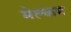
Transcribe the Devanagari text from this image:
मेल्‍कम